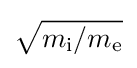
{\sqrt {m_{\mathrm {i} }/m_{\mathrm {e} }}}